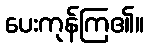
ပေးကုန်ကြ၏။